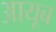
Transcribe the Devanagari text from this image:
आयूब